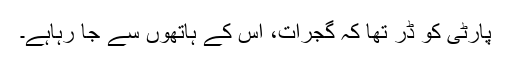
پارٹی کو ڈر تھا کہ گجرات، اس کے ہاتھوں سے جا رہاہے۔